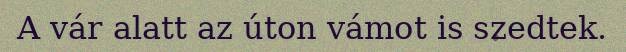
A vár alatt az úton vámot is szedtek.